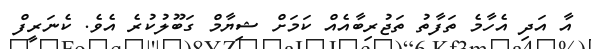
އާ އަދި އެހާމެ ތަފާތު ތަޖުރިބާއެއް ކަމަށް ޝިޔާމް ގަބޫލުކުރެ އެވެ. ކެނަރީފް